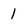
Character: 1